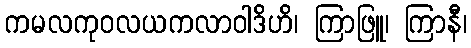
ကမလကုဝလယကလာဝါဒိဟိ၊ ကြာဖြူ၊ ကြာနီ၊